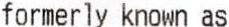
FORMERLY KNOWN AS